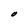
Character: O